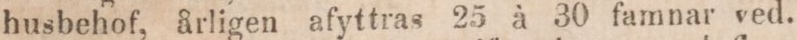
husbehof, årligen afyttras 25 à 30 fammnar ved.